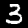
Label: 3